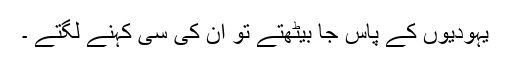
یہودیوں کے پاس جا بیٹھتے تو ان کی سی کہنے لگتے ۔